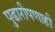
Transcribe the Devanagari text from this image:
पुढारीपणाही